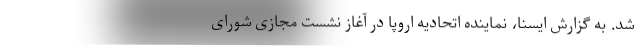
شد. به گزارش ایسنا، نماینده اتحادیه اروپا در آغاز نشست مجازی شورای